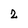
Character: z